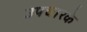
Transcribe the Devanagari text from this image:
उपचारके